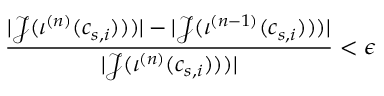
\frac { | \mathcal { J } ( \iota ^ { ( n ) } ( c _ { s , i } ) ) ) | - | \mathcal { J } ( \iota ^ { ( n - 1 ) } ( c _ { s , i } ) ) ) | } { | \mathcal { J } ( \iota ^ { ( n ) } ( c _ { s , i } ) ) ) | } < \epsilon